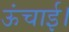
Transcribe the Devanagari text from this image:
ऊंचाई।